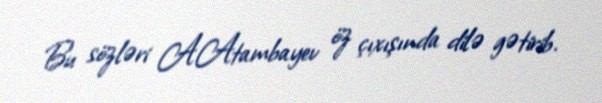
Bu sözləri A.Atambayev öz çıxışında dilə gətirib.